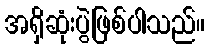
အရှိဆုံးပွဲဖြစ်ပါသည်။